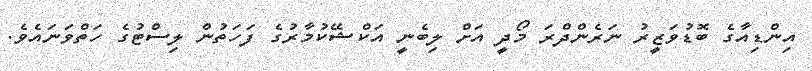
އިންޑިއާގެ ބޮޑުވަޒީރު ނަރެންދްރަ މޯދީ އަށް ލިބެނީ އަކްޝޭކުމާރުގެ ފަހަތުން ލިސްޓުގެ ހަތްވަނައެވެ.